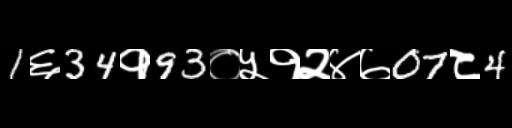
Text: 1६34१93०५१२४७07८4